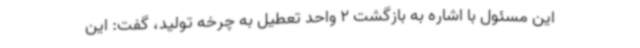
این مسئول با اشاره به بازگشت 2 واحد تعطیل به چرخه تولید، گفت: این